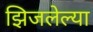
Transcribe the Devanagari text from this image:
झिजलेल्या